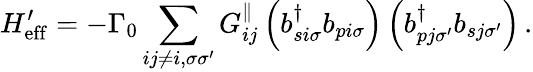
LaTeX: H_{\mathrm{eff}}^{\prime}=-\Gamma_{0}\sum_{ij\neq i,\sigma\sigma^{\prime}}G_{ij}^{\parallel}\left(b_{si\sigma}^{\dagger}b_{pi\sigma}\right)\left(b_{pj\sigma^{\prime}}^{\dagger}b_{sj\sigma^{\prime}}\right)\, .